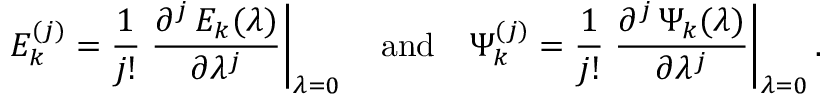
E _ { k } ^ { ( j ) } = \frac { 1 } { j ! } \left. \frac { \partial ^ { j } \, E _ { k } ( \lambda ) } { \partial \lambda ^ { j } } \right\vert _ { \lambda = 0 } \quad \mathrm { a n d } \quad \Psi _ { k } ^ { ( j ) } = \frac { 1 } { j ! } \left. \frac { \partial ^ { j } \, \Psi _ { k } ( \lambda ) } { \partial \lambda ^ { j } } \right\vert _ { \lambda = 0 } .